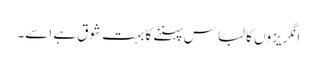
انگریزوں کا لباس پہننے کا بہت شوق ہے اسے۔